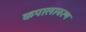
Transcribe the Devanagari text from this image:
कपालावरण